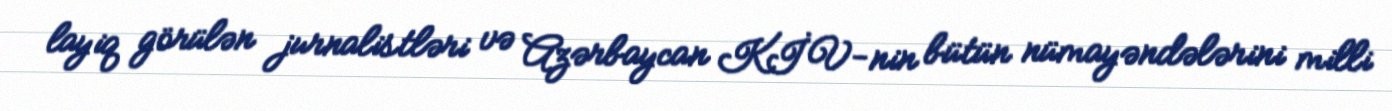
layiq görülən jurnalistləri və Azərbaycan KİV-nin bütün nümayəndələrini milli